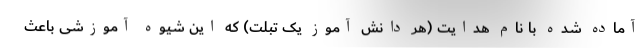
آماده شده با نام هدایت (هر دانش آموز یک تبلت) که این شیوه آموزشی باعث